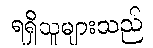
ရရှိသူများသည်